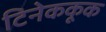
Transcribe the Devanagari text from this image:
टिनेककूक